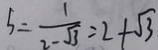
S = \frac { 1 } { 2 - \sqrt { 3 } } = 2 + \sqrt { 3 }